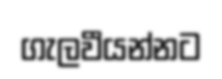
ගැලවීයන්නට